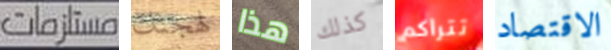
مستلزمات لهجتك هذا كذلك تتراكم الاقتصاد